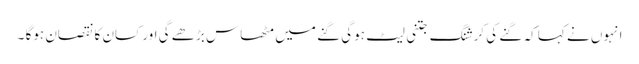
انہوں نے کہا کہ گنے کی کرشنگ جتنی لیٹ ہوگی گنے میں مٹھاس بڑھے گی اور کسان کا نقصان ہوگا ۔